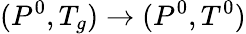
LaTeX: (P^{0},T_{g})\rightarrow(P^{0},T^{0})